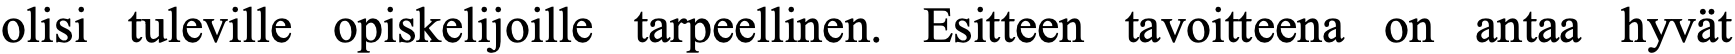
olisi tuleville opiskelijoille tarpeellinen. Esitteen tavoitteena on antaa hyvät